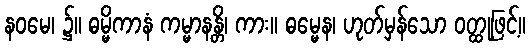
နဝမေ၊ ၌။ ဓမ္မိကာနံ ကမ္မာနန္တိ၊ ကား။ ဓမ္မေန၊ ဟုတ်မှန်သော ဝတ္ထုဖြင့်။